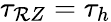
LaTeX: \tau_{\mathcal{R}Z}=\tau_{h}